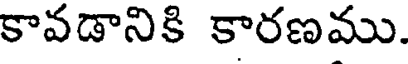
కావడానికి కారణము.